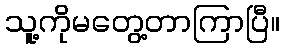
သူ့ကိုမတွေ့တာကြာပြီ။